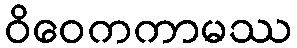
ဝိဝေကကာမဿ